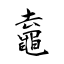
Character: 鼁